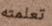
تعلمته